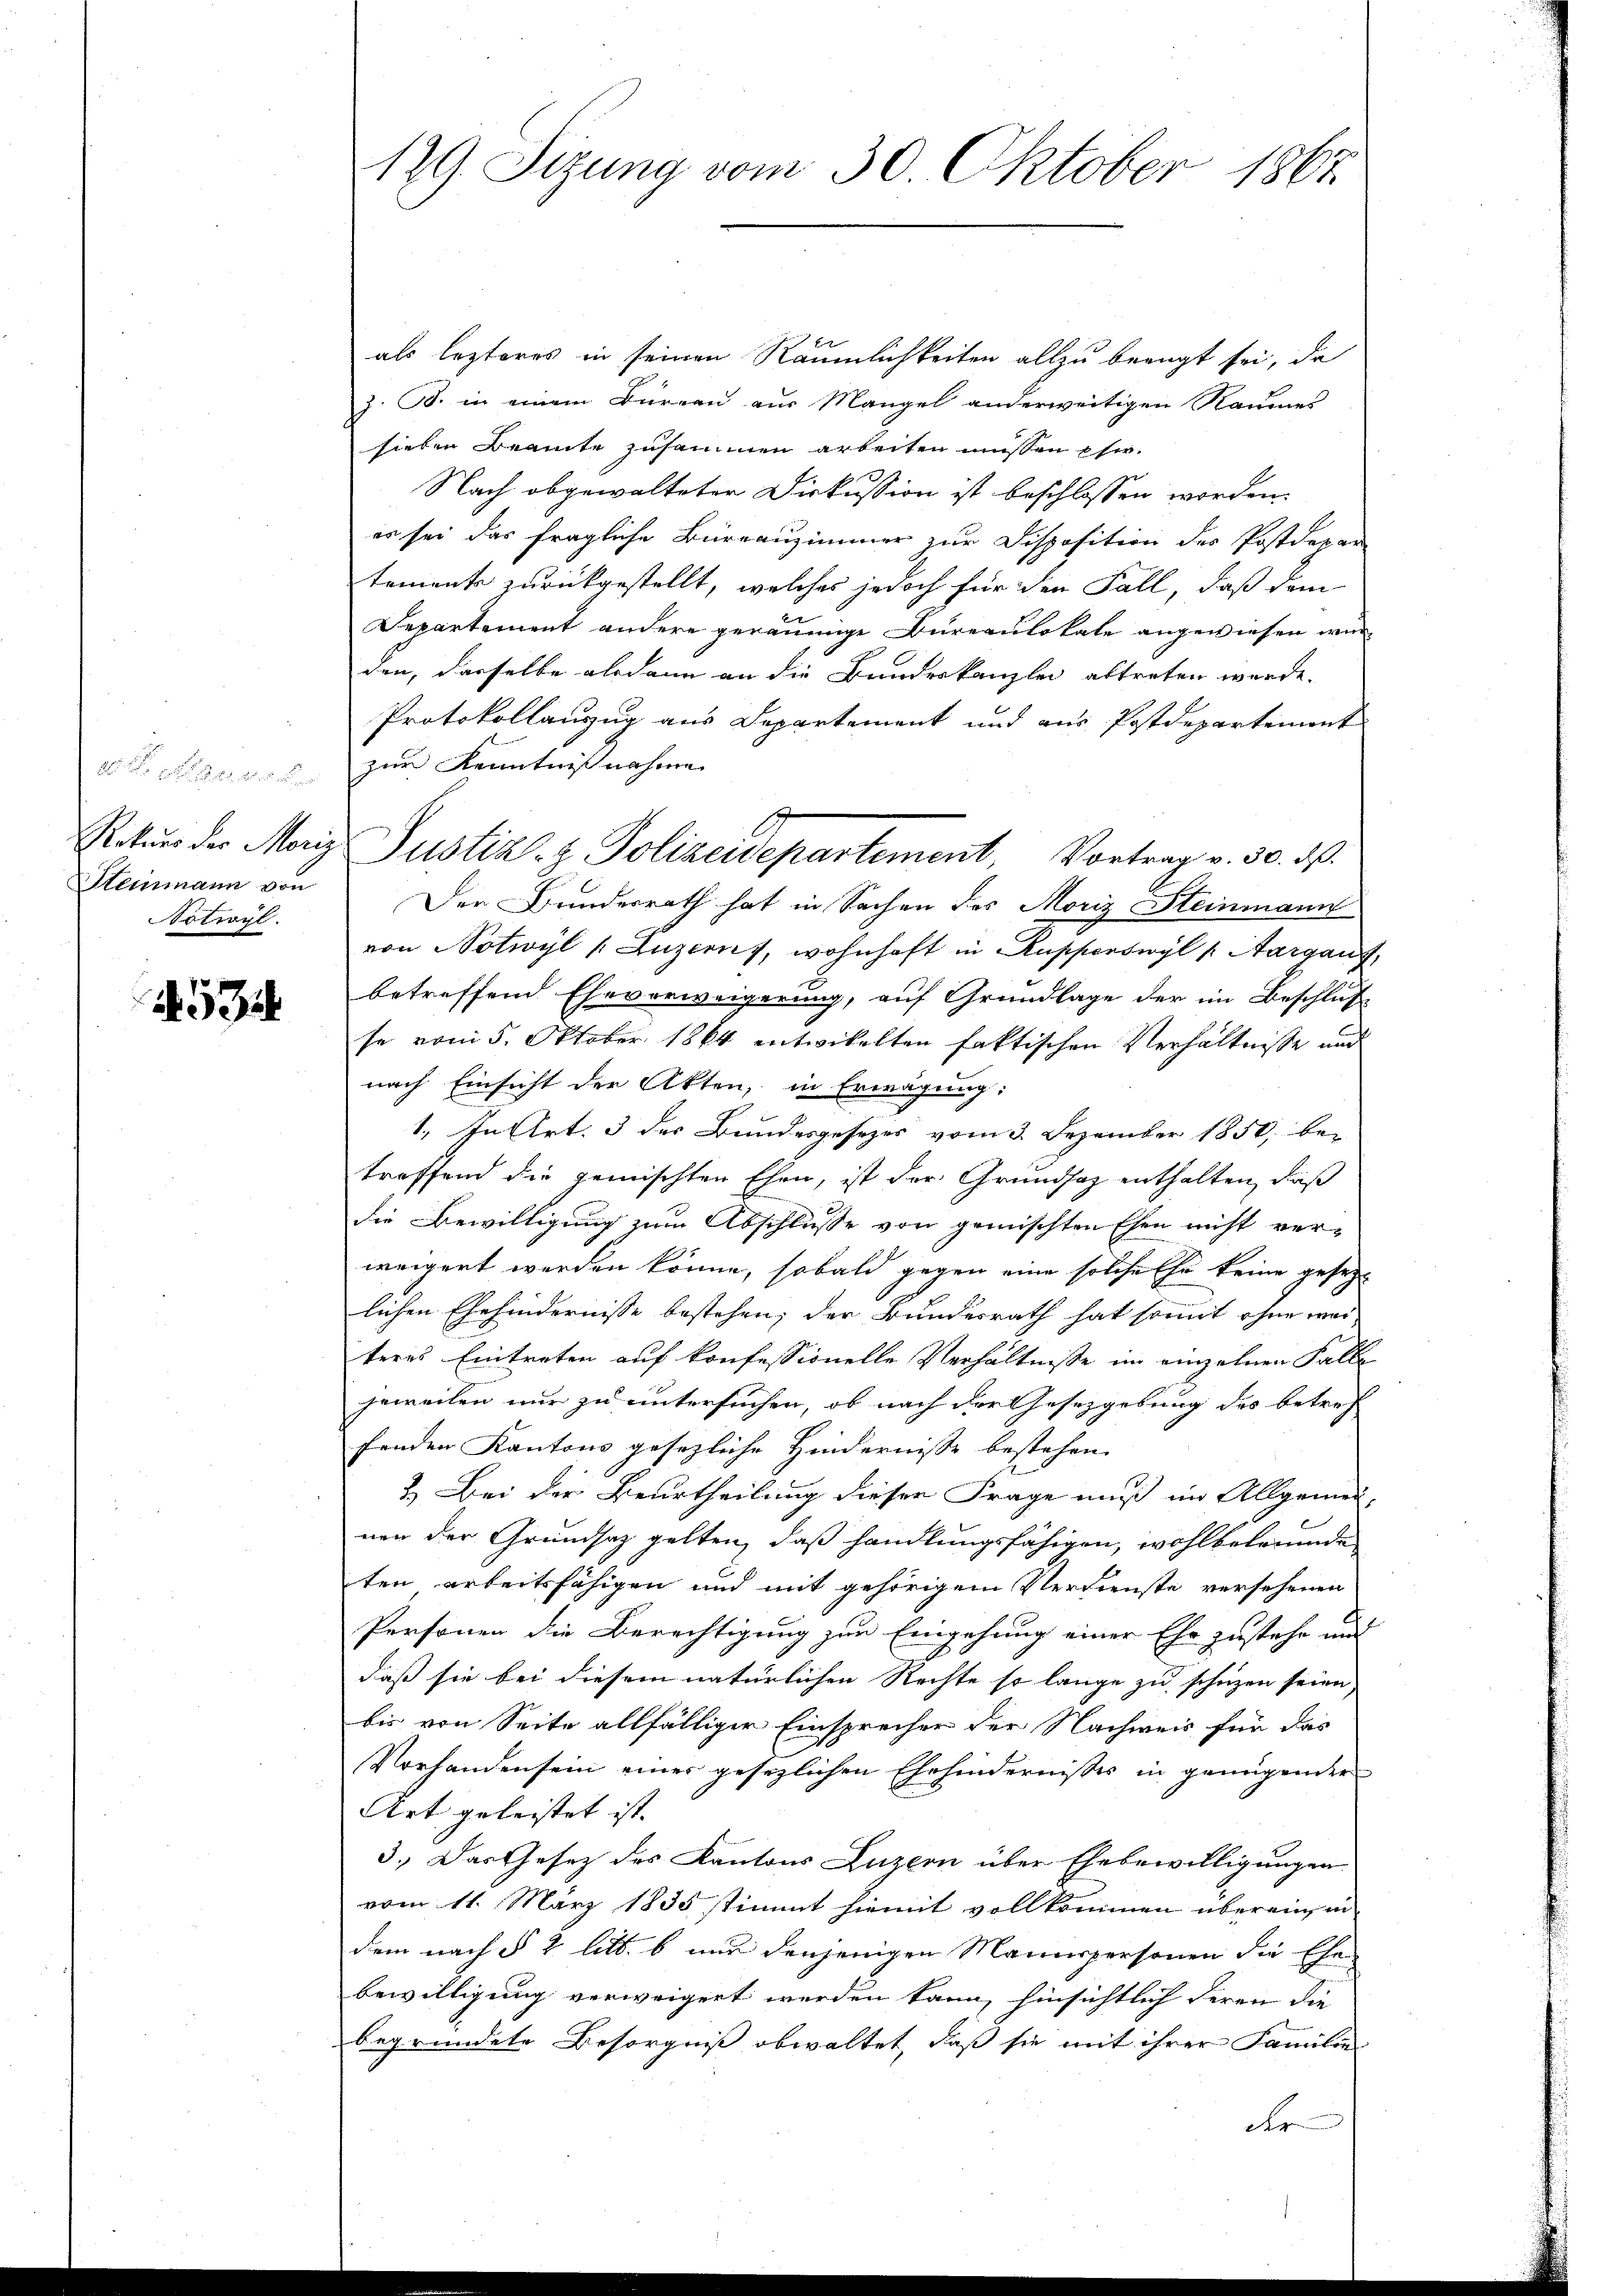
. . . . .
Notwvyl.

534

als lezteres in seinen Räumlichkeiten allzu beengt sei, da
z. B. in einem Büreau aus Mangel anderweitigen Raumes
sieben Beamte zusammen arbeiten müssen Ehe.
Nach abgewalteter Diskussion ist beschlossen worden.
es sei das fragliche Büreauzimmer zur Disposition des Postdepar
tement zurückgestellt, welches jedoch für den Fall, daß den
Departement andere geräumige Bureaulokale angewiesen werden, dasselbe alsdann an die Bundeskanzlei abtreten werde.
Protokollanzug aus Departement und aus Postdepartement
zur Kenntnißnahme
Steinmann von Der Bunderrath hat in Sachen des Moriz Steinmann
von Notwyl (Luzern, wohnhaft in Ausferswyl u. Aargauf,
betreffend Eheverweigerung, auf Grundlage der im Beschluß
se vom 5. Oktober 1864 entwickelten faktischen Verhältnisse und
nach Einsicht der Akten, in Erwägung:
1. In Art. 3 des Bundesgesetzes vom 3. Dezember 1850, be-
treffend die gemischten Ehen, ist der Grundsaz enthalten, daß
die Bewilligung zum Abschlusse von gemischten Ehen nicht ver-
weigert werden könne, sobald gegen eine solche Ehe keine gesetzt
lichen Ehehindernisse bestehen; der Bundesrath hat somit ohne wei-
teres Eintreten auf konfessionelle Verhältnisse im einzelnen Falle
jeweilen nur zu untersuchen, ob nach der Gesetzgebung des betref
fenden Kantons gesezliche Hindernisse bestehen.
2. Bei der Beurtheilung dieser Frage muß im Allgemei-
nen der Grundsaz gelten, daß handlungsfähigen, wohlbefremde
ten arbeitsfähigen und mit gehörigem Verdienste versehenen
Personen die Berechtigung zum Eingehung einer Ehe zustehe und
daß sie bei diesem natürlichen Rechte so lange zu schuzen seien,
bis von Seite allfälliger Einsprecher der Nachweis für das
Vorhanden sein einer gesezlichen Ehehindernisses in genügender
Art geleistet ist. |
3.) Das Gesetz des Kantons Luzern über Ehebewilligungen
vom 11. März 1835 stimmt hiemit vollkommen überein, in
dem nach § 2 litt. b nur denjenigen Mannspersonen die Ehe-
bewilligung verweigert werden kann, hinsichtlich deren die
begründete Besorgniß obwaltet, daß sie mit ihrer Familie
der

129. Sitzung vom 30. Oktober 1867

Rekurs der Moriz Justiz- & Polizeidepartement, Vortrag v. 30. d.